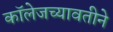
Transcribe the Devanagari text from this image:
कॉलेजच्यावतीने